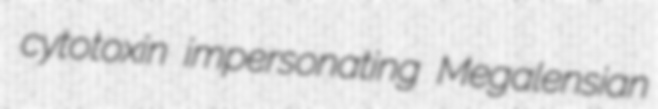
cytotoxin impersonating Megalensian